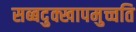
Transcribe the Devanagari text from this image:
सब्बदुक्खापमुच्चति